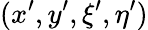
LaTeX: (x^{\prime},y^{\prime},\xi^{\prime},\eta^{\prime})